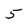
Character: 5